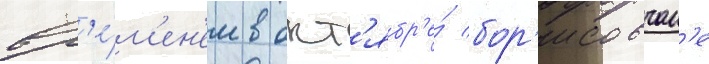
вр'е́м'ен'ем в окт'ябр'е́ бор'исовчан'е